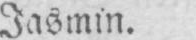
Jasmin.